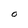
Character: O